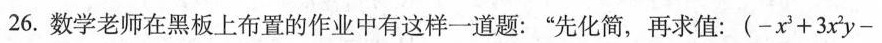
26.数学老师在黑板上布置的作业中有这样一道题：“先化简，再求值：$$( - x ^ { 3 } + 3 x ^ { 2 } y -